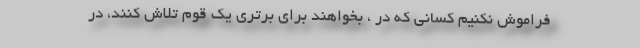
فراموش نکنیم کسانی که در ، بخواهند برای برتری یک قوم تلاش کنند، در